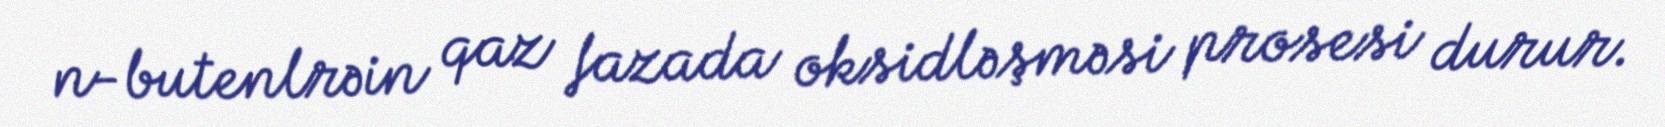
n-butenlrəin qaz fazada oksidləşməsi prosesi durur.